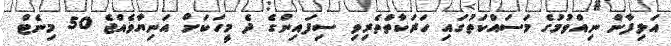
އަލިފާން ނިއްވުމުގެ މަސައްކަތުގައި ހަރަކާތްތެރިވި ސިފައިންގެ ދެ މީހަކަށް އަނިޔާވެއްޖެ 50 މިނެޓް